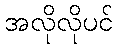
အလိုလိုပင်